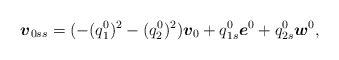
\begin{align*}\mbox{\mathversion{bold}$v$}_{0ss}=(-(q^{0}_{1})^{2}-(q^{0}_{2})^{2})\mbox{\mathversion{bold}$v$}_{0}+ q^{0}_{1s}\mbox{\mathversion{bold}$e$}^{0}+ q^{0}_{2s}\mbox{\mathversion{bold}$w$}^{0},\end{align*}